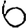
Digit: 6